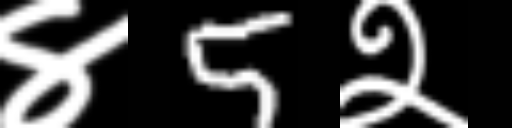
Text: ४5२